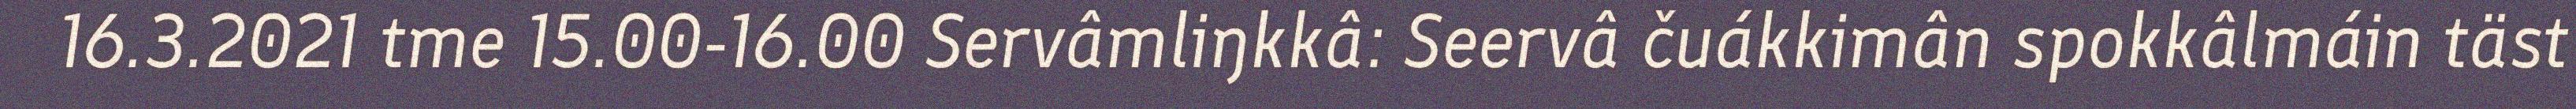
16.3.2021 tme 15.00-16.00 Servâmliŋkkâ: Seervâ čuákkimân spokkâlmáin täst